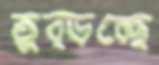
তুব্‌ড়চ্ছে